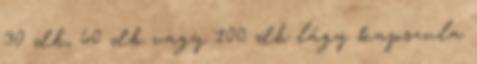
30 db, 60 db vagy 100 db lágy kapszula